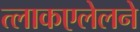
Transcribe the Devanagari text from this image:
त्लाकएलेलने